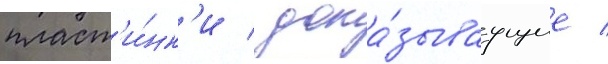
пласт'и́нк'и / дока́зываущие /